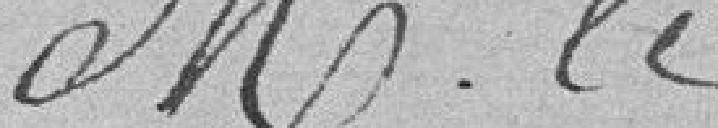
M. le